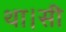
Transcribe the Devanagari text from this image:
था।सी